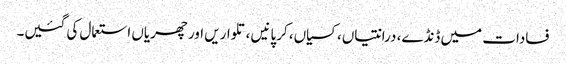
فسادات میں ڈنڈے، درانتیاں، کسیاں، کرپانیں ،تلواریں اور چھریاں استعمال کی گئیں۔